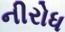
નીરોધ